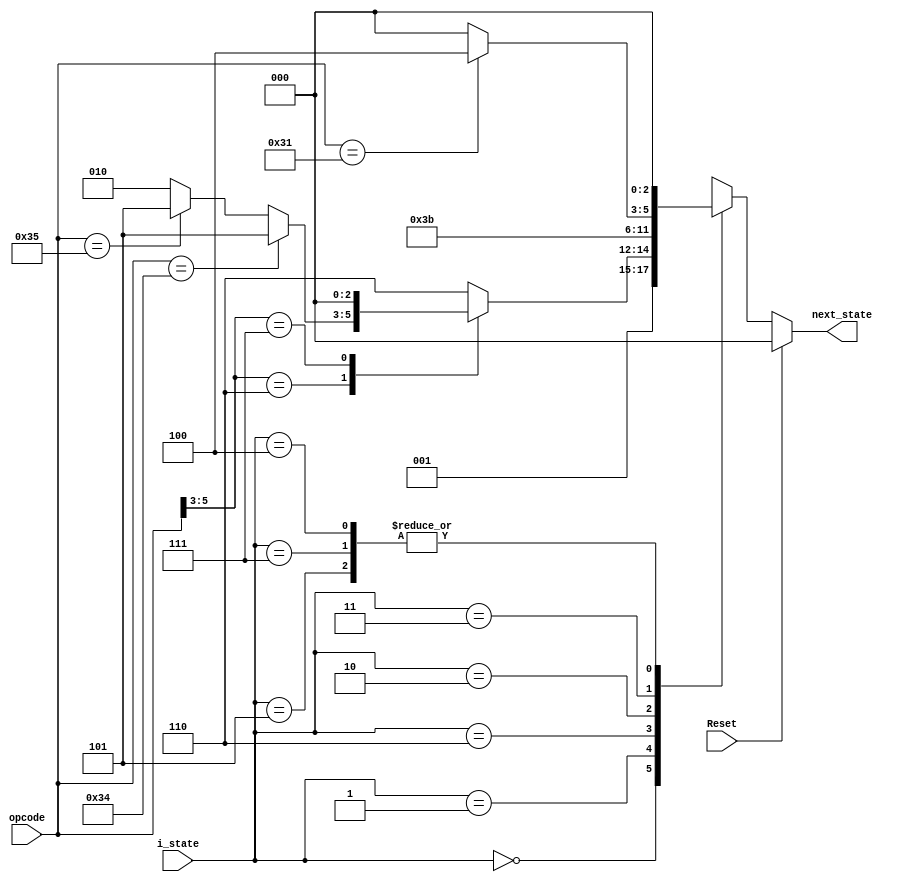
`timescale 1ns / 1ps
//////////////////////////////////////////////////////////////////////////////////
// Company: 
// Engineer: 
// 
// Design Name: 
// Module Name: next_state
// Project Name: 
// Target Devices: 
// Tool Versions: 
// Description: 
// 
// Dependencies: 
// 
// Revision:
// Revision 0.01 - File Created
// Additional Comments:
// 
//////////////////////////////////////////////////////////////////////////////////


module next_state(input Reset,input [2:0]i_state, input [5:0]opcode, output reg [2:0]next_state

    );
    parameter [2:0] IF = 3'b000, // IF
                     ID = 3'b001, // ID
                     aEXE = 3'b110, // EXE
                     bEXE = 3'b101, // EXE
                     cEXE = 3'b010, // EXE
                     MEM = 3'b011, // MEM
                     aWB = 3'b111, // WB
                     cWB = 3'b100; // WB
    always @(i_state or Reset) begin
        case (i_state)
            IF: next_state = ID;
            ID: begin
                case (opcode[5:3])
                    3'b110: begin
                        if (opcode == 6'b110100) next_state = bEXE; // beq
                        else if (opcode==6'b110101)  next_state=bEXE; //bne
                        else next_state = cEXE; // sw, lw
                    end
                    3'b111: next_state = IF; // j, jal, jr, halt
                    default: next_state = aEXE; // add, sub
                endcase
            end
            aEXE: next_state = aWB;
            bEXE: next_state = IF;
            cEXE: next_state = MEM;
            MEM: begin
                if (opcode == 6'b110001) next_state = cWB; // lw
                else next_state = IF; // sw
            end
            aWB: next_state = IF;
            cWB: next_state = IF;
            default: next_state = IF;
        endcase
        if (Reset) begin
            next_state=IF;
        end
        //$display("i_state %d",i_state);
        //$display("o_state %d",next_state);
    end
endmodule